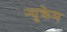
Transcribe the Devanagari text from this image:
न्युक्रेम